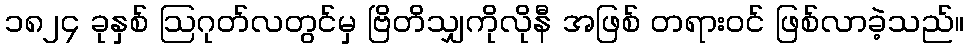
၁၈၂၄ ခုနှစ် ဩဂုတ်လတွင်မှ ဗြိတိသျှကိုလိုနီ အဖြစ် တရားဝင် ဖြစ်လာခဲ့သည်။